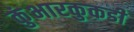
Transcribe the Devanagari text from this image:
कुंभारकुकडी